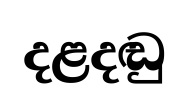
දළදඬු